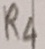
Text: R4